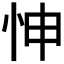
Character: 𢘊